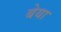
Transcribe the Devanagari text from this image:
बेया